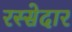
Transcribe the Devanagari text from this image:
रस्सेदार